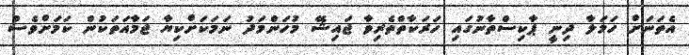
އެތަނަށް ހަމަލާ ދިނީ ޕާކިސްތާނުގައި ހަރަކާތްތެރިވާ ޖައިޝޭ މުހަންމަދު ނަމަކަށްކިޔާ ޖަމާއަތަކުން ކަމަށްވެސް